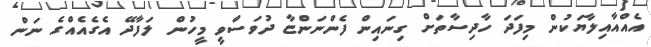
އެއްއާއިލާޔަކުން މިފަދަ ހާދިސާތަށް ގިނައިން ފެންނަންޏާ ދުވަސްވީ މީހުން ލަފާދޭ އެގެއެއްގެ ނަން